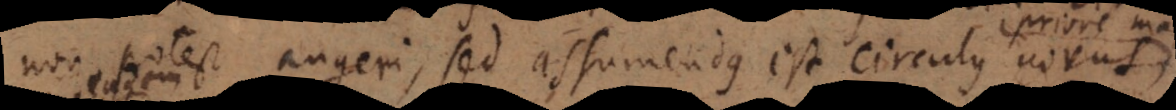
non potest augeri, sed assumendus est circulus novus